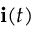
\mathbf { i } ( t )